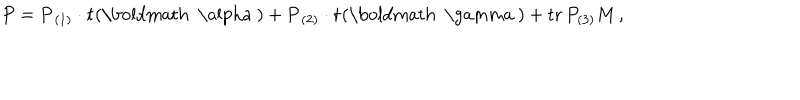
P = { \bf P } _ { ( 1 ) } \cdot { \bf t } ( { \mathrm { \boldmath ~ \ a l p h a ~ } } ) + { \bf P } _ { ( 2 ) } \cdot { \bf t } ( { \mathrm { \boldmath ~ \ g a m m a ~ } } ) + \mathrm { t r } \, P _ { ( 3 ) } M \, ,